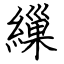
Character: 繅